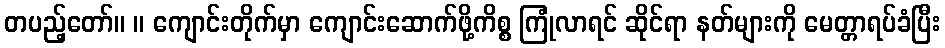
တပည့်တော်။ ။ ကျောင်းတိုက်မှာ ကျောင်းဆောက်ဖို့ကိစ္စ ကြုံလာရင် ဆိုင်ရာ နတ်များကို မေတ္တာရပ်ခံပြီး